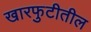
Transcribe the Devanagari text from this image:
खारफुटीतील